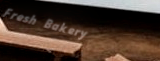
Fresh Bakery